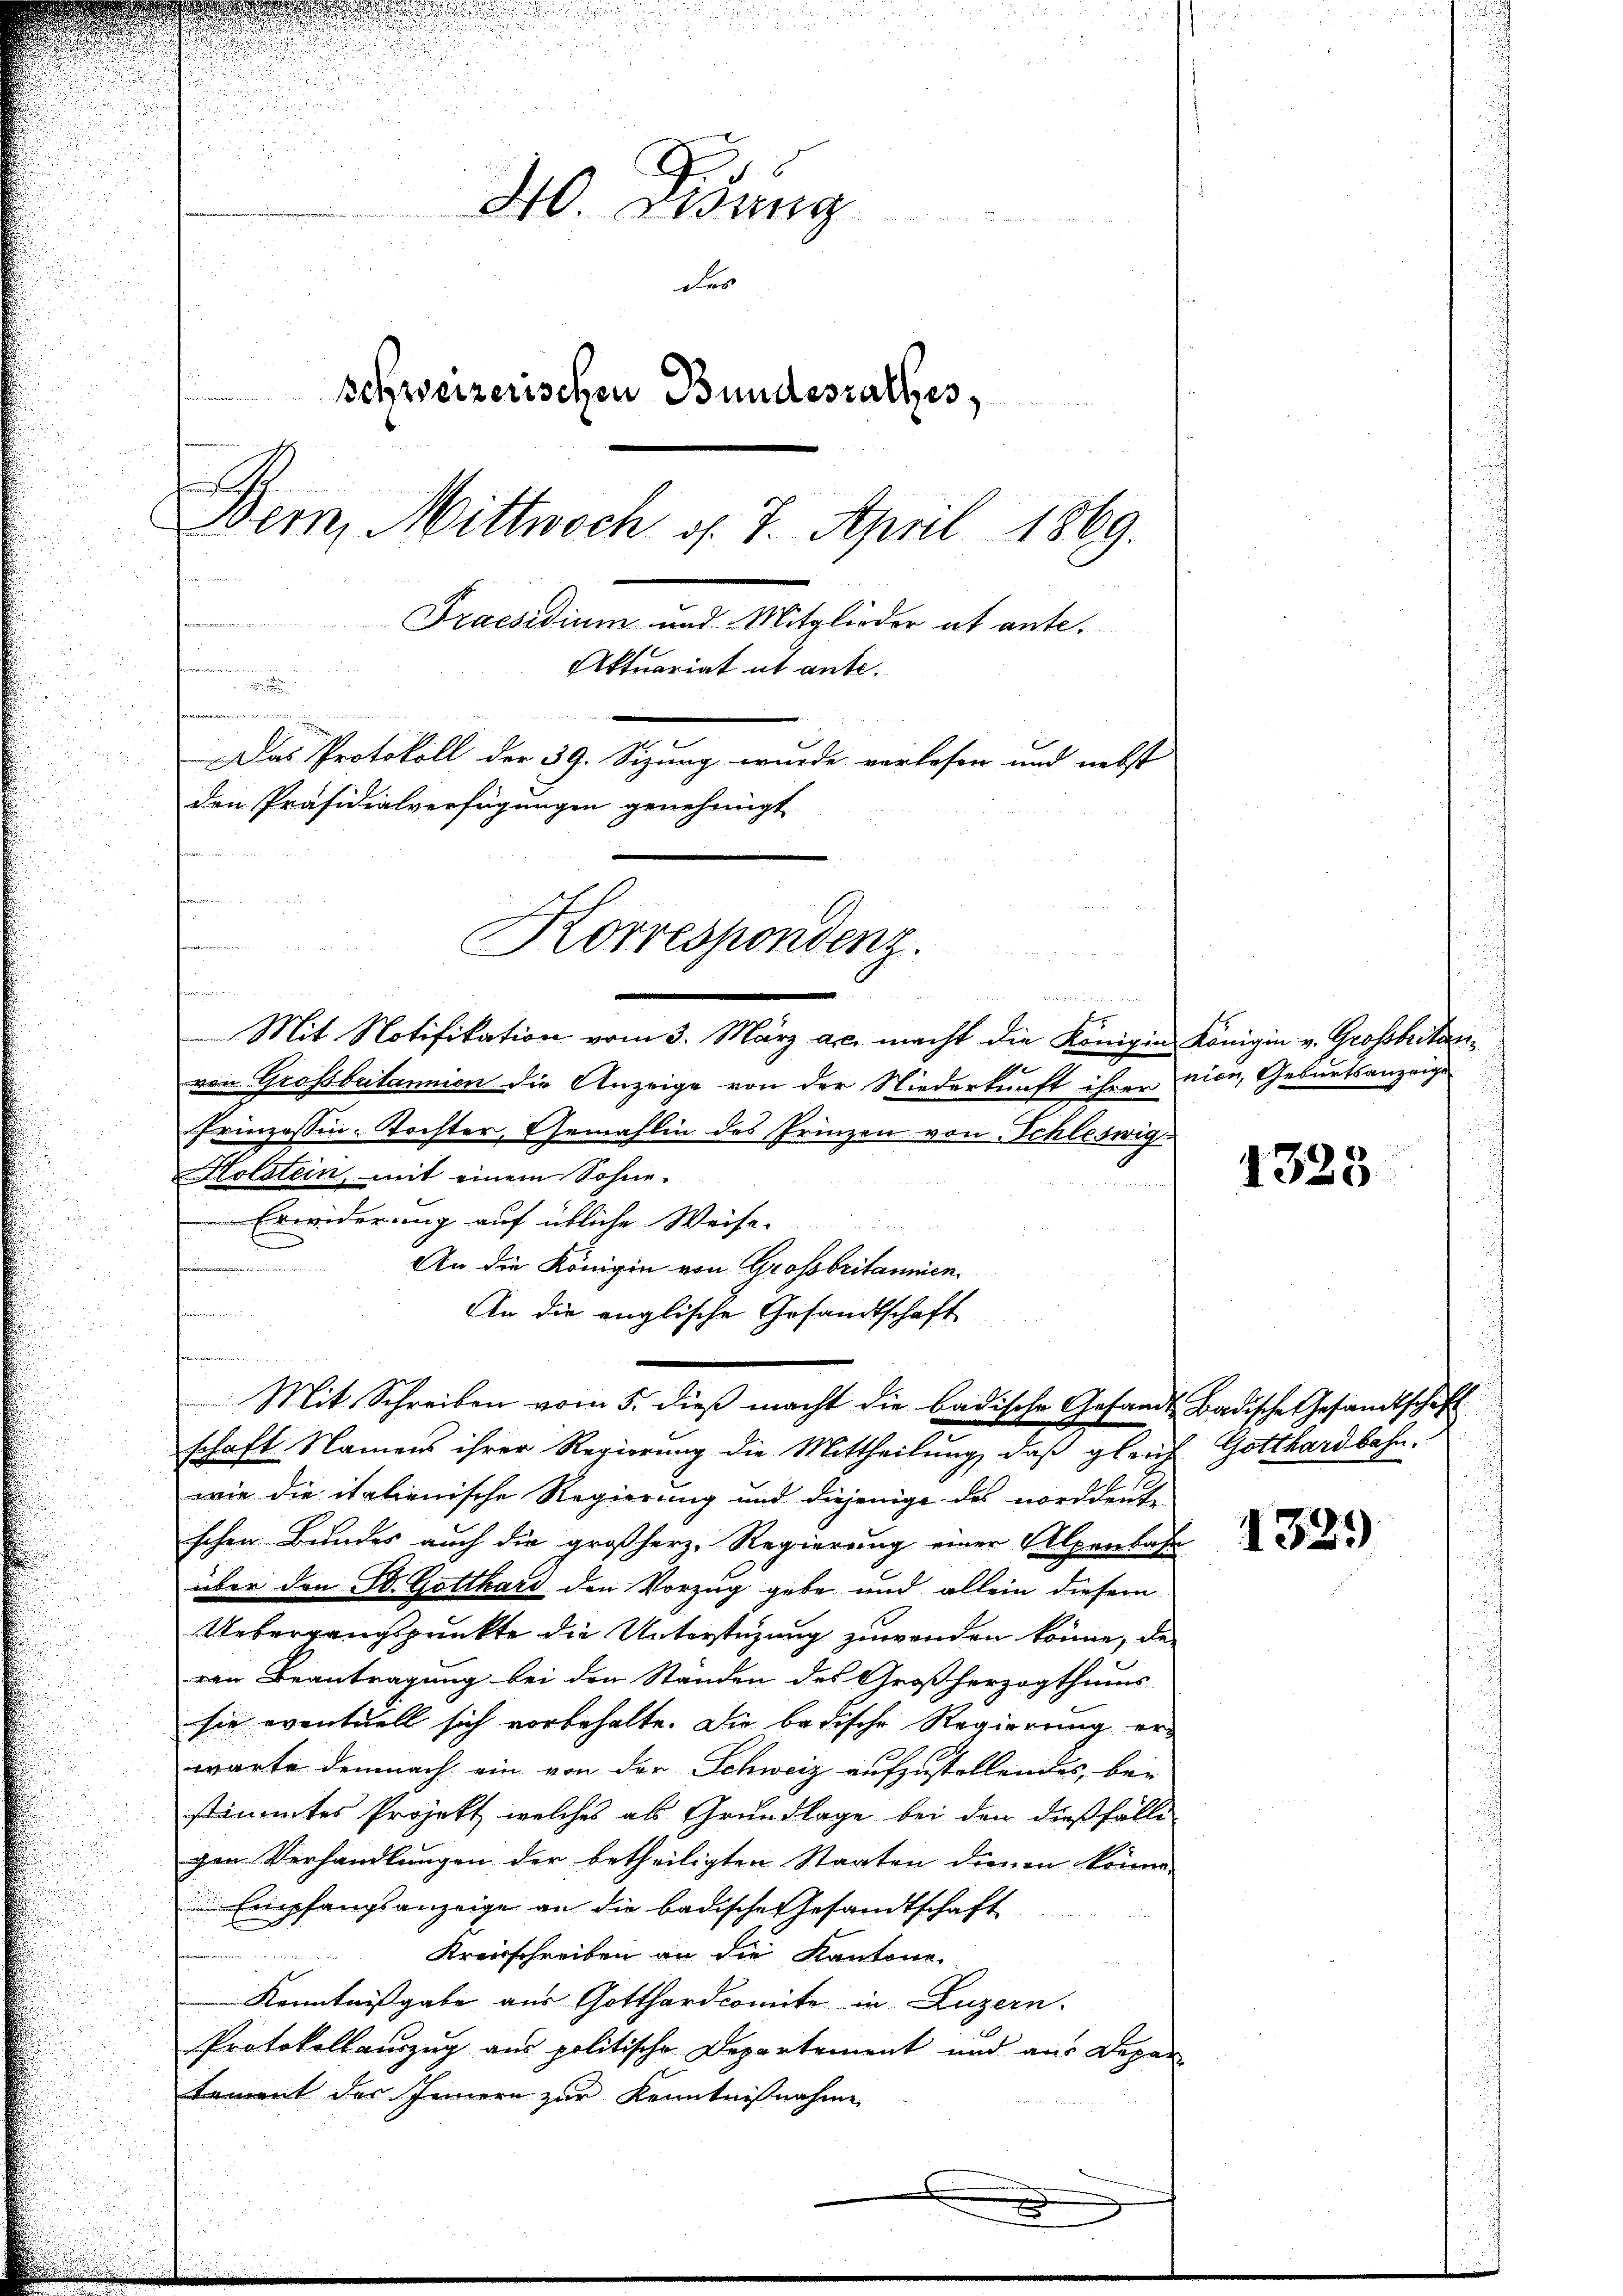
3
H. Wang
der
schweizerischen Bundesrathes,
Bern, Mittwoch d. 7. April 1869.
Praesidium und Mitglieder ab ante.
Aktuariat ut ante.

Das Protokoll der 39. Sizung wurde verlesen und nebst
den Präsidialverfügungen genehmigt
m

fen
Korrespondenz.
hammen
un

An die Königin von Grossbritannen.
An die englische Gesandtschaft
Mit Schreiben vom 5. dieβ macht die badische Gesandt Badische Gesandtschaft
schaft Namens ihrer Regierung die Mittheilung, daß gleich Gotthardbahn.

Mit Notifikation vom 3. März ac. macht die Königin Königin v. Grossbritanvon Großbritannien die Anzeige von der Niederkunft ihren nien, Geburtsanzeige
Prinzessin-Tochter, Gemahlin des Prinzen von Schleswig
Holstein, mit einem Sohne.
Erwiderung auf übliche Weise
v
n
 reser
wie die italienische Regierung und diejenige des norddeut-
schen Bundes auch die großherz, Regierung einer Alpenbahn
über den St. Gotthard den Vorzug gebe und allein diesem
Uebergangspunkte die Unterstüzung zuwenden könne, de
ren Beantragung bei den Ständen des Großherzogthums
sie eventuell sich vorbehalte. Die badische Regierung erwarte demnach ein von der Schweiz aufzustellendes, bei
stimmtes Projekt, welches als Grundlage bei den dießfälli
gen Verhandlungen der betheiligten Staaten dienen könne.
 Empfangsanzeige an die badische Gesandtschaft
.
Kreisschreiben an die Kantone.
Kenntnißgabe aus Gotthardcomite in Luzern.
Protokollauszug aus politische Departement und aus Depar
tement des Innern zur Kenntnißnahme

1325

1329